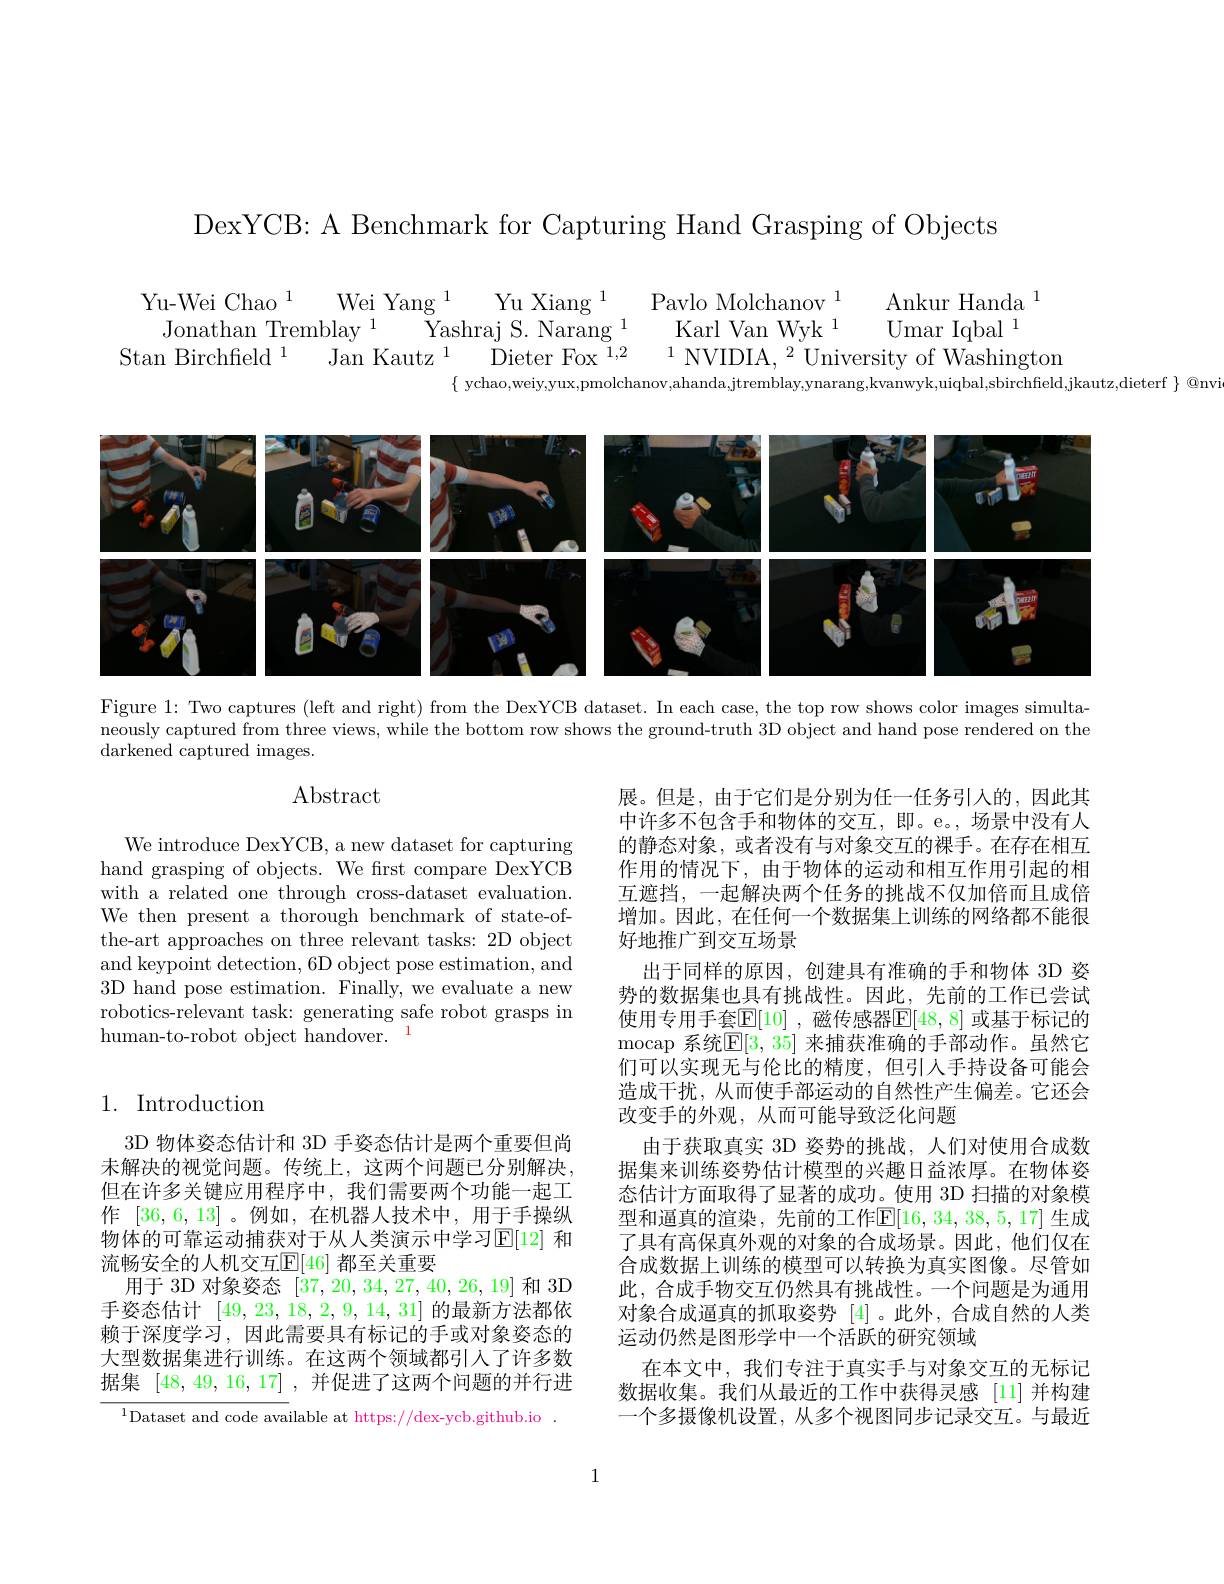
DexYCB: A Benchmark for Capturing Hand Grasping of Objects

Ankur Handa $^1$
Yu-Wei Chao $^{1}$
Wei Yang $^{1}$
Yu Xiang 1
Pavlo Molchanov 1
${\mathrm{Umar~Iqbal}^{1}}$
Jonathan Tremblay 1
$\overset{\cup}{\operatorname*{\operatorname*{\operatorname*{Yashraj~S.~Narang}}}}^{1}$
Karl Van Wyk 1
Stan Birchfield$^1$
${\mathrm{~Dieter~Fox~}^{\mathrm{~}}}^{\mathrm{~}}^{1,2}\:{\mathrm{~1~NVIDIA,~}^{2}}$University of Washington
Jan Kautz 1
$\{$ ychao,weiy,yux,pmolchanov,ahanda,jtremblay,ynarang,kvanwyk,uiqbal,sbirchfield,jkautz,dieterf $\}$@nvi

<FigureHere>

Figure 1: Two captures (left and right) from the DexYCB dataset. In each case, the top row shows color images simultaneously captured from three views, while the bottom row shows the ground-truth 3D object and hand pose rendered on the ${\mathrm{darkened~captured~images.}}$

## $\operatorname{Abstract}$

We introduce DexYCB, a new dataset for capturing hand grasping of objects. We frst compare DexYCB with a related one through cross-dataset evaluation. We then present a thorough benchmark of state-ofthe-art approaches on three relevant tasks: 2D object and keypoint detection, 6D object pose estimation, and 3D hand pose estimation. Finally, we evaluate a new robotics-relevant task: generating safe robot grasps in human-to-robot object handover.$^{1}$

## 1. Introduction

展。但是，由于它们是分别为任一任务引入的，因此其中许多不包含手和物体的交互，即。e。,场景中没有人的静态对象，或者没有与对象交互的裸手。在存在相互作用的情况下，由于物体的运动和相互作用引起的相互遮挡，一起解决两个任务的挑战不仅加倍而且成倍增加。因此，在任何一个数据集上训练的网络都不能很好地推广到交互场景
出于同样的原因，创建具有准确的手和物体 3D 姿势的数据集也具有挑战性。因此，先前的工作已尝试使用专用手套$\mathbb{E}[10]$ ,磁传感器$\mathbb{E}[48,8]$ 或基于标记的mocap 系统$\mathbb{E}[3,35]$ 来捕获准确的手部动作。虽然它们可以实现无与伦比的精度，但引人手持设备可能会造成干扰，从而使手部运动的自然性产生偏差。它还会改变手的外观，从而可能导致泛化问题
由于获取真实 3D 姿势的挑战，人们对使用合成数据集来训练姿势估计模型的兴趣日益浓厚。在物体姿态估计方面取得了显著的成功。使用 3D 扫描的对象模型和逼真的渲染，先前的工作$\mathbb{E}[16,34,38,5,17]$ 生成了具有高保真外观的对象的合成场景。因此，他们仅在合成数据上训练的模型可以转换为真实图像。尽管如此，合成手物交互仍然具有挑战性。一个问题是为通用对象合成逼真的抓取姿势[4]。此外，合成自然的人类运动仍然是图形学中一个活跃的研究领域
在本文中，我们专注于真实手与对象交互的无标记数据收集。我们从最近的工作中获得灵感 [11] 并构建一个多摄像机设置，从多个视图同步记录交互。与最近

3D 物体姿态估计和 3D 手姿态估计是两个重要但尚未解决的视觉问题。传统上，这两个问题已分别解决， 但在许多关键应用程序中，我们需要两个功能一起工作[36,6,13] 。例如，在机器人技术中，用于手操纵物体的可靠运动捕获对于从人类演示中学习$\mathbb{E}[12]$ 和流畅安全的人机交互$\mathbb{E}[46]$ 都至关重要
用于 3D 对象姿态[37,20,34,27,40,26,19]和 3D 手姿态估计[49,23,18,2,9,14,31]的最新方法都依赖于深度学习，因此需要具有标记的手或对象姿态的大型数据集进行训练。在这两个领域都引入了许多数据集[48,49,16,17] ,并促进了这两个问题的并行进

$^{1}$Dataset and code available at https://dex-ycb.github.io.

1